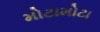
મોટામોટા